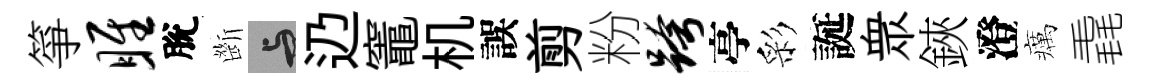
箏雎脫㫁与辸竈机誤剪粉跨亭彩誕衆鋏澄癘毳